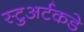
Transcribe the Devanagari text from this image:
स्टुअर्टकडे